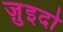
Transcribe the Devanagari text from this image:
ज़ुइदो